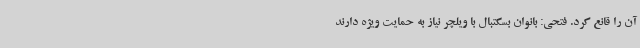
آن را قانع کرد. فتحی: بانوان بسکتبال با ویلچر نیاز به حمایت ویژه دارند